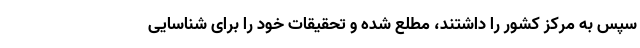
سپس به مرکز کشور را داشتند، مطلع شده و تحقیقات خود را برای شناسایی